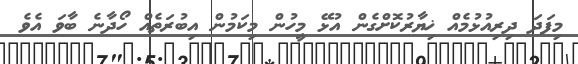
މިފަދަ ދިރިއުޅުމެއް ޚިޔާރުކޮށްގެން އުޅޭ މީހުން މިކަމުން އިބުރަތެއް ހޯދާނެ ބާވަ އެވެ